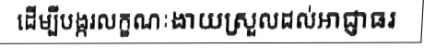
ដើម្បីបង្ករលក្ខណៈងាយស្រួលដល់អាជ្ញាធរ